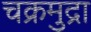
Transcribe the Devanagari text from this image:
चक्रमुद्रा